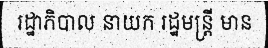
រដ្ឋាភិបាល នាយក រដ្ឋមន្ត្រី មាន